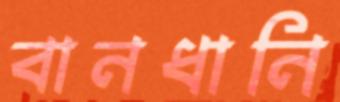
বানধানি